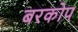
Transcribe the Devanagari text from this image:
बरकोप